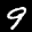
Label: 9